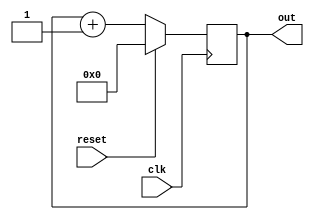
module counter ( out, clk, reset);
	input clk, reset;
	output [3:0]out;
	reg[3:0]out;
	wire[3:0]next;
	assign next = reset?4'b0:(out+4'b1);
	always@(posedge clk)
	begin
		out<=#1 next;
	end
endmodule